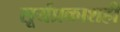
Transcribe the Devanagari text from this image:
सूर्यप्रकाशही